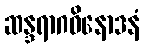
ဆန္ဒရာဂဝိနောဒနံ